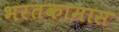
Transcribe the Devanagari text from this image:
भरतकामास